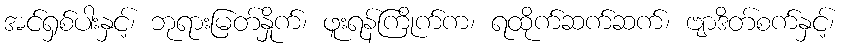
အင်ရှစ်ပါးနှင့်၊ ဘုရားမြတ်နှိုက်၊ ဖူးရန်ကြိုက်က၊ ရထိုက်ဆက်ဆက်၊ ဗျာဒိတ်စက်နှင့်၊